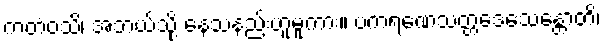
ကတံဝသိ၊ အဘယ်သို့ နေသနည်းဟူမူကား။ ပကရဏေသတ္တဒေသေန္တောတိ၊